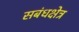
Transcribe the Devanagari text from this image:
सबंधक्षेत्र